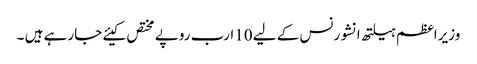
وزیراعظم ہیلتھ انشورنس کے لیے 10ارب روپے مختص کیئے جارہے ہیں ۔